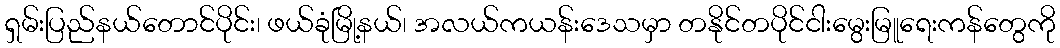
ရှမ်းပြည်နယ်တောင်ပိုင်း၊ ဖယ်ခုံမြို့နယ်၊ အလယ်ကယန်းဒေသမှာ တနိုင်တပိုင်ငါးမွေးမြူရေးကန်တွေကို